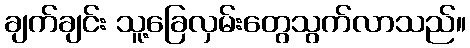
ချက်ချင်း သူ့ခြေလှမ်းတွေသွက်လာသည်။